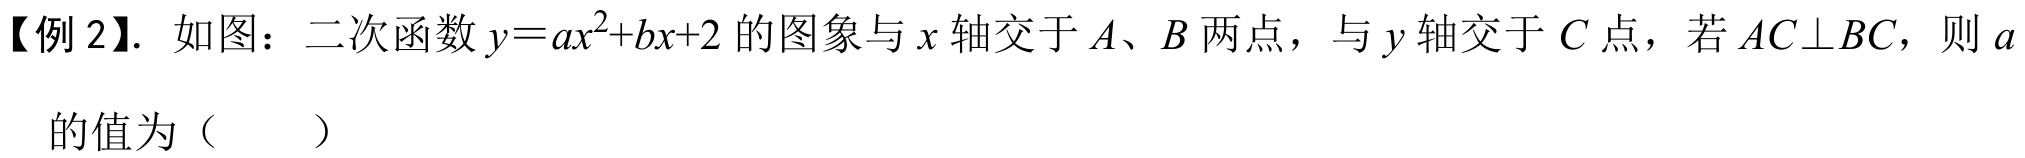
【例 2】. 如图：二次函数 \(y = ax^{2}+bx + 2\) 的图象与 \(x\) 轴交于 \(A、B\) 两点，与 \(y\) 轴交于 \(C\) 点，若 \(AC\perp BC\)，则 \(a\)
的值为（  ）